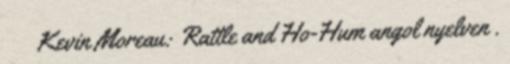
↑ Kevin Moreau: Rattle and Ho-Hum angol nyelven .